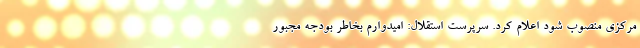
مرکزی منصوب شود اعلام کرد. سرپرست استقلال: امیدوارم بخاطر بودجه مجبور